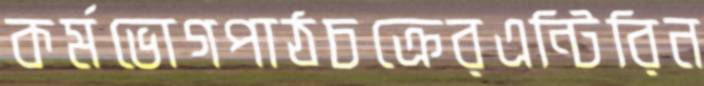
কর্মভোগপাঠচক্রেরএন্টিরিন